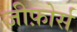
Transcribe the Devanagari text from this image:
जीफ़ोर्स